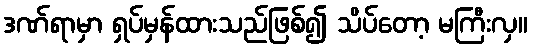
ဒဏ်ရာမှာ ရှပ်မှန်ထားသည်ဖြစ်၍ သိပ်တော့ မကြီးလှ။